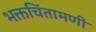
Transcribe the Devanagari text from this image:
भक्तचिंतामणी